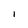
Character: I